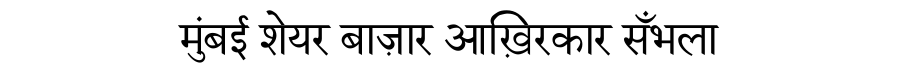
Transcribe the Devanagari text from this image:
मुंबई शेयर बाज़ार आख़िरकार सँभला